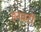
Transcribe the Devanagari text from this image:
हनवटी